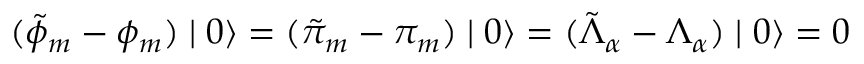
( \tilde { \phi } _ { m } - \phi _ { m } ) \mid 0 \rangle = ( \tilde { \pi } _ { m } - \pi _ { m } ) \mid 0 \rangle = ( \tilde { \Lambda } _ { \alpha } - \Lambda _ { \alpha } ) \mid 0 \rangle = 0